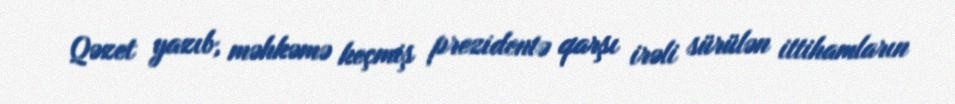
Qəzet yazıb, məhkəmə keçmiş prezidentə qarşı irəli sürülən ittihamların